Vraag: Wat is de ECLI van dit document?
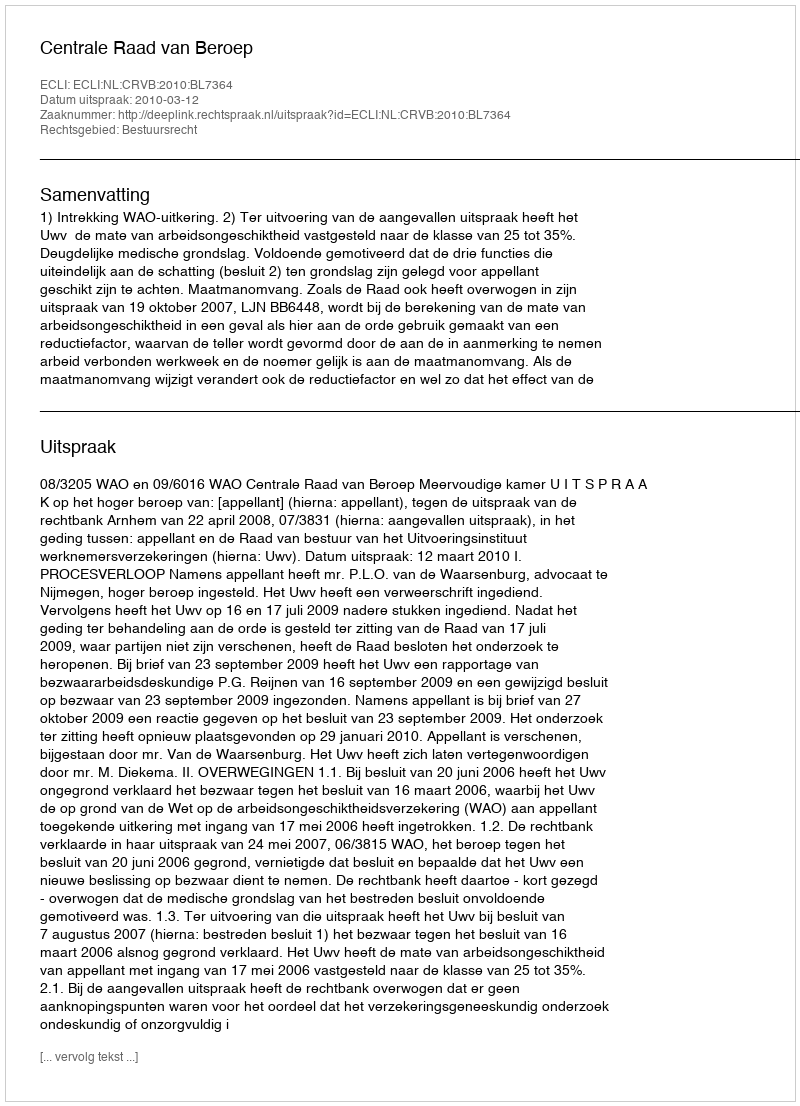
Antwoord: ECLI:NL:CRVB:2010:BL7364